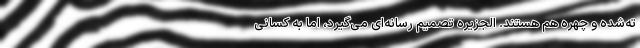
ته‌شده و چهره هم هستند. الجزیره تصمیم رسانه‌ای می‌گیرد، اما به کسانی